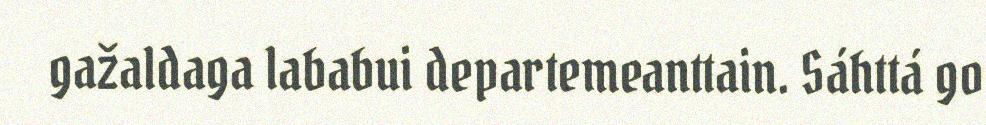
gažaldaga lababui departemeanttain. Sáhttá go